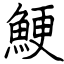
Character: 鯁